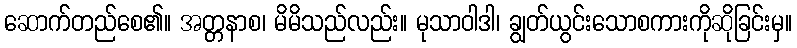
ဆောက်တည်စေ၏။ အတ္တနာစ၊ မိမိသည်လည်း။ မုသာဝါဒါ၊ ချွတ်ယွင်းသောစကားကိုဆိုခြင်းမှ။